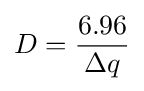
D={\frac {6.96}{\Delta q}}